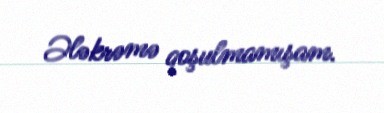
Ələkrəmə qoşulmamışam.